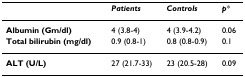
<table><thead><tr><td></td><td><b><i>Patients</i></b></td><td><b><i>Controls</i></b></td><td><b><i>p</i>*</b></td></tr></thead><tbody><tr><td><b>Albumin (Gm/dl)</b></td><td>4 (3.8-4)</td><td>4 (3.9-4.2)</td><td>0.06</td></tr><tr><td><b>Total bilirubin (mg/dl)</b></td><td>0.9 (0.8-1)</td><td>0.8 (0.8-0.9)</td><td>0.1</td></tr><tr><td><b>ALT (U/L)</b></td><td>27 (21.7-33)</td><td>23 (20.5-28)</td><td>0.09</td></tr></tbody></table>